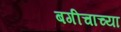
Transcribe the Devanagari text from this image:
बगीचाच्या